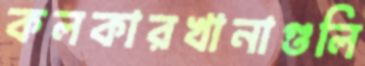
কলকারখানাগুলি